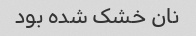
نان خشک شده بود